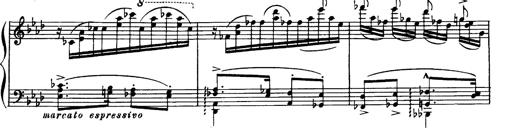
Title: Magyar dalok
Composer: Franz Liszt